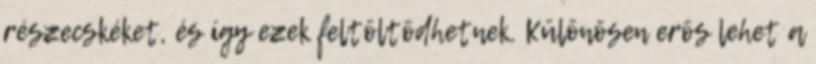
részecskéket, és így ezek feltöltõdhetnek. Különösen erõs lehet a